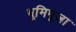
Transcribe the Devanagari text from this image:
भूमिपूजा